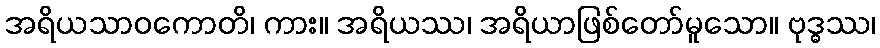
အရိယသာဝကောတိ၊ ကား။ အရိယဿ၊ အရိယာဖြစ်တော်မူသော။ ဗုဒ္ဓဿ၊